Annual report on the health of the army in India
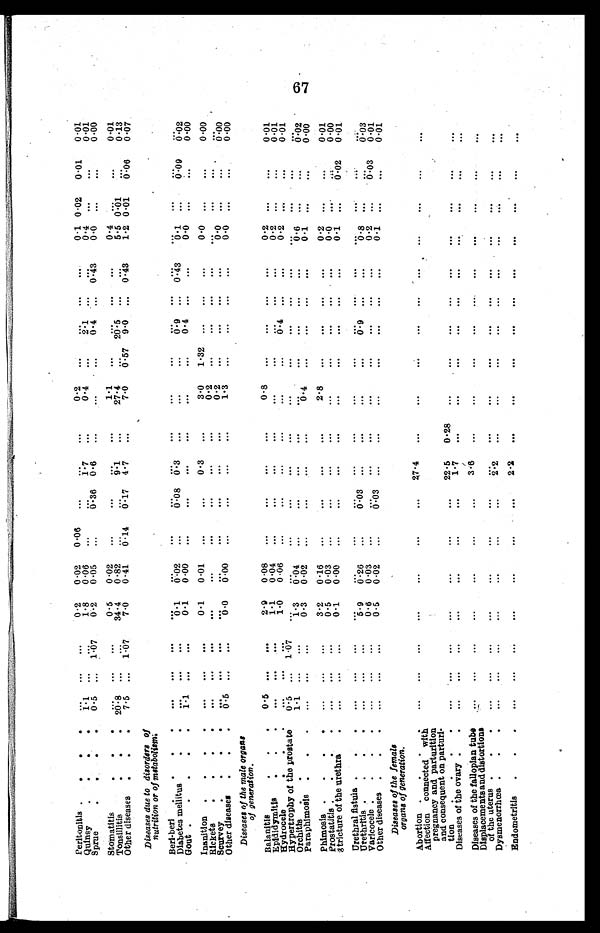
Peritonitis . . .
...
. . .
...
0 . 2 0.02
0. 06
...
...
. . .
0 . 2
. . .
...
. . .
...
0.1
0.02
0.01
0.01
Quinsy
.
1.1
. . .
. . .
1.8 0.06
. . .
. . . 1.7
. . .
0.4
. . .
2 . 1
. . .
. . .
0 . 4 ...
... 0.01
Sprue . .
0. 5
. . . 1.07
0 . 2 0.05
. . .
0 . 3 6 0.6
. . .
. . .
. . .
0.4
. . . 0.43
0 . 0
. . .
. . .
0 . 0 0
Stomatitis
.
.
.
. .
. . .
. . .
0 . 5 0.02
. . .
. . . ...
1 . 1
. . .
...
. . . ...
0 . 4 ...
. . .
0 . 0 1
Tonsillitis
. . .
20.8
. . .
. . .
34.4 0.82
. . .
..
9.1
. . .
27.4
. . . 20.5
. . .
. . .
5 . 5 0.01
. . .
0 . 1 3
Other diseases . . .
7.5
. . . 1.07
7.0 0.41
0. 14
0 . 1 7 4. 7
. . .
7.0
0. 57 9.0
. . .
0.43
1.2 0.01
0.06 0.07
Diseases due to disorders of
nutrition or of metabolism:
Beri-beri . . . .
...
. . . ...
...
. . .
. . .
... ...
. . .
. . .
. . .
...
. . . ...
. . .
. . .
...
. . .
Diabetes mellitu
. . .
. . .
. . .
0 . 1 0.2
. . .
0 . 0 8
0.3
. . .
. . . .
. . .
0.9
. . . 0.43
0 . 1
. . .
0.09
0 . 0 2
Gout . . . . .
1.1
. . .
. . .
0 . 1
0 . 0 0
. . .
. . . ...
. . .
. . .
. . .
0.4
. . .
...
0 . 0
. . .
...
0 . 0 0
Inanition.
.
. . .
. . .
...
0 . 1
0.01
. . .
...
0.3
3 . 0
1 . 3 2
...
. . . ...
0 . 0
. . .
. . .
0 . 0 0
Rickets
. .
...
. . .
...
. . .
. . .
. . .
. . . ...
. . .
0.2
...
. . .
. . .
. . .
. . .
. . .
. . .
. . .
Scurvey
.
...
. . .
...
. . .
. . .
. . .
. . .
. . .
. . .
0.2
. . .
. . .
. . .
. . .
0 . 0
. . .
..
0 . 0 0
Other diseases
.
.
.
0.5
. . .
. . .
0 . 0
0 . 0 0
. . .
. . .
. . .
. . .
1.3
. . .
. . .
. . .
. . .
0 . 0
. . .
...
0 . 0 0
Diseases of the male organs
of generation.
Balanitis . . .
0.5
. . .
. . .
2.9 0.08
. . .
... ...
. . .
0.8
. . .
...
. . . ...
0 . 2 ...
...
0 . 0 1
Epid idymitis
.
. .
. . .
. . .
. . .
1. 1
0 04
. . .
. . .
. . .
. . .
. . .
. . .
...
. .
...
0.2
. . .
...
0.01
Hydrocele
1.0
0 . 0 6
. . .
. . .
. . .
. . .
. . .
. . . 0.4
. . .
...
0 . 2 ... ...
0 . 0 1
Hypertrophy of the prostate
0.5
. . .
1.07
...
. . .
. . .
..
. . .
. . .
. . .
. . .
. . .
...
. . .
. . .
...
. . .
Orchitis.
1.1
. . .
...
1.3
0.04
. . .
...
. . .
. . .
. . .
. . .
...
. . .
...
0.6
. . .
...
0 . 0 2
Paraphimosis
. .
. . .
. . .
...
0
. 3 0.02
. . .
...
...
. . .
0.4
. . .
...
. . .
...
0 . 1 ...
...
0.00
Phimosis
. . . .
. . .
. . .
...
3.2 0.1 6
. . .
...
...
. . .
2. 8
. . .
...
. . .
...
0 . 2 ...
...
0 . 0 1
Prostatitis .
. . .
. . .
...
0
.
5 0.03
. . .
... ...
. . .
. . .
. . .
...
. . . ...
0 . 0 ...
...
0 . 0 0
stricture of the urethra
. . .
. . .
...
0 . 1
0 . 0 0
. . .
...
...
. . .
. . .
. . .
...
. . .
...
0.1
...
0.02
0 . 0 1
Urethral fistula . .
...
. . . ...
...
. . .
. . .
...
...
. . .
. . .
. . . ...
. . .
...
. . . ...
...
. . .
Urethrttis . . .
. . .
. . .
...
5.9
0.26
. . .
0.03
. . .
. . .
. . .
. . .
0.9
. .
...
0.8
...
...
0 . 0 3
Varicocele . .
...
. . .
...
0 . 6
0.03
. . .
...
. . .
. . .
. . .
. . .
...
. .
...
0 . 2 ...
0.03
0 . 0 1
Other diseases . . .
...
. .
...
0 . 5
0.02
. . .
0.03
. . .
. . .
. . .
. . .
...
. . .
...
0.1
...
...
0.01
Diseases of the female
organs of generation.
Ab ortion . . .
...
. . .
...
...
. . .
. . .
...
27.4
. . .
. . .
. . . ...
. . .
..,
. . .
...
...
. . .
Affection connected with
pregnancy and parturitio
n and consequent on parturi
-tion
. . .
...
. . .
...
...
. . .
. . .
...
22.5
0.28
. . .
. . .
...
. . . ...
...
...
...
...
Diseases of the ovary . .
...
. . .
...
...
. . .
. . .
...
1.7
. . .
. . .
. . .
...
. . .
...
...
...
...
...
Diseases of the fallopian tube ...
. . .
...
...
. . .
. . .
3.6
. . .
. . .
. . .
...
. . .
...
...
...
...
...
Displacements and distortions
of the uterus . . .
...
. . .
...
...
. . .
. . .
...
. . .
. . .
. . .
. . .
...
. . .
...
...
...
...
...
Dysmenorrhœa . . .
...
. . .
...
...
. . .
. . .
...
2 . 2
. . .
. . .
. . .
...
. . .
...
...
...
...
...
Endometritis
. . .
...
. . .
...
...
. . .
. . .
...
2 . 2
. . .
. . .
. . .
. . .
...
...
...
...
...